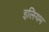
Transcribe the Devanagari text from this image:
इलियम